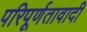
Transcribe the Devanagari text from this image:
परिपूर्णतावादी